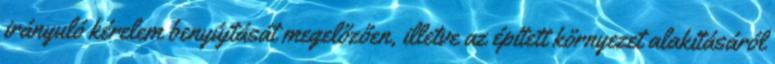
irányuló kérelem benyújtását megelőzően, illetve az épített környezet alakításáról